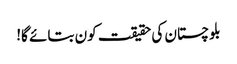
بلوچستان کی حقیقت کون بتائے گا!